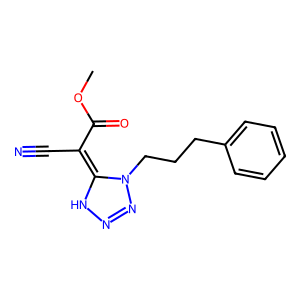
SMILES: COC(=O)C(C#N)=C1NN=NN1CCCc1ccccc1
Inhibits HIV replication: No